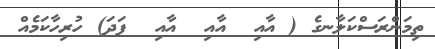
ތިމަންރަސްކަލާނގެ ( އާއި  އާއި  އާއި  ފަދަ) ހުރިހާކަމެއް